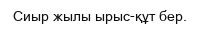
Сиыр жылы ырыс-құт бер.